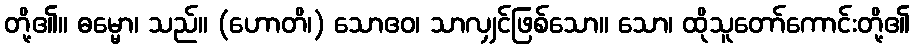
တို့၏။ ဓမ္မော၊ သည်။ (ဟောတိ၊) သောဧဝ၊ သာလျှင်ဖြစ်သော။ သော၊ ထိုသူတော်ကောင်းတို့၏